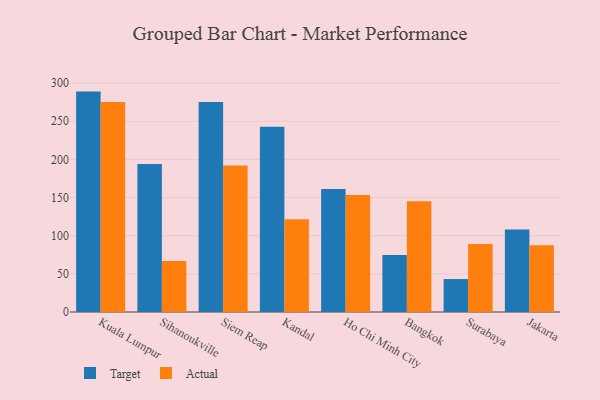
{"axis": {"x": "City", "y": "Waste Production (Tons)"}, "legend": ["Actual", "Target"], "data": [{"x": "Kuala Lumpur", "y": 288.9, "type": "Target"}, {"x": "Kuala Lumpur", "y": 275.2, "type": "Actual"}, {"x": "Sihanoukville", "y": 194.0, "type": "Target"}, {"x": "Sihanoukville", "y": 66.7, "type": "Actual"}, {"x": "Siem Reap", "y": 275.4, "type": "Target"}, {"x": "Siem Reap", "y": 192.1, "type": "Actual"}, {"x": "Kandal", "y": 242.8, "type": "Target"}, {"x": "Kandal", "y": 121.6, "type": "Actual"}, {"x": "Ho Chi Minh City", "y": 161.3, "type": "Target"}, {"x": "Ho Chi Minh City", "y": 153.3, "type": "Actual"}, {"x": "Bangkok", "y": 74.6, "type": "Target"}, {"x": "Bangkok", "y": 145.1, "type": "Actual"}, {"x": "Surabaya", "y": 43.2, "type": "Target"}, {"x": "Surabaya", "y": 89.0, "type": "Actual"}, {"x": "Jakarta", "y": 108.0, "type": "Target"}, {"x": "Jakarta", "y": 87.6, "type": "Actual"}]}